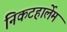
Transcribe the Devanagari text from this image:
निकटहार्लेम